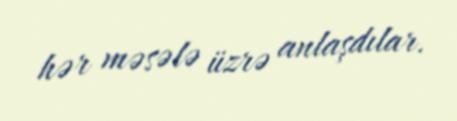
hər məsələ üzrə anlaşdılar.